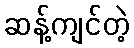
ဆန့်ကျင်တဲ့